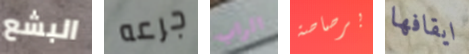
البشع جرعه الراب برصاصة ايقافها